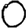
Digit: 0